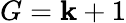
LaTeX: G=\mathbf{k}+1